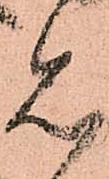
見